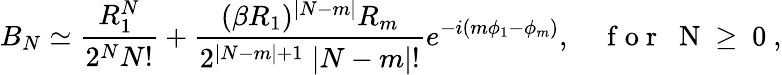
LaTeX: B_{N}\simeq\frac{R_{1}^{N}}{2^{N}N!}+\frac{(\beta R_{1})^{|N-m|}R_{m}}{2^{|N-m|+1}\; |N-m|!}e^{-i(m\phi_{1}-\phi_{m})},\quad\mathrm{~f~o~r~\; ~N~\geq~0~},